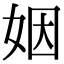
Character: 姻